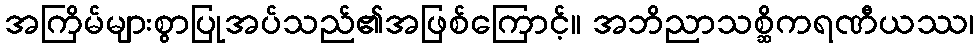
အကြိမ်များစွာပြုအပ်သည်၏အဖြစ်ကြောင့်။ အဘိညာသစ္ဆိကရဏီယဿ၊